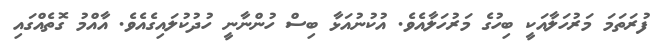
ފުރަތަމަ މަރުހަލާއަކީ ބިހުގެ މަރުހަލާއެވެ. އުކުނުއަޅާ ބިސް ހުންނާނީ ހުދުކުލައިގެއެވެ. އާއްމު ގޮތެއްގައި